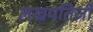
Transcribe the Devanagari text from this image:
लखपतिजी